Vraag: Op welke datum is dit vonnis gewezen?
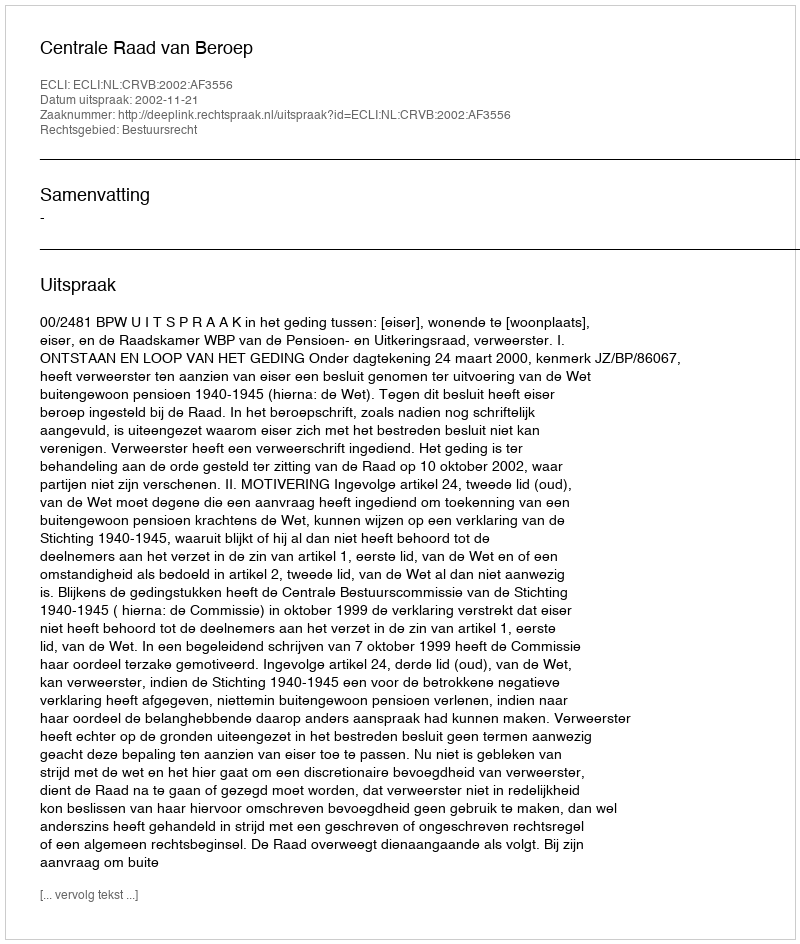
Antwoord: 2002-11-21